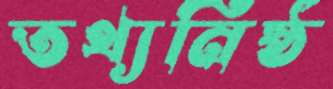
তথ্যনিষ্ঠ